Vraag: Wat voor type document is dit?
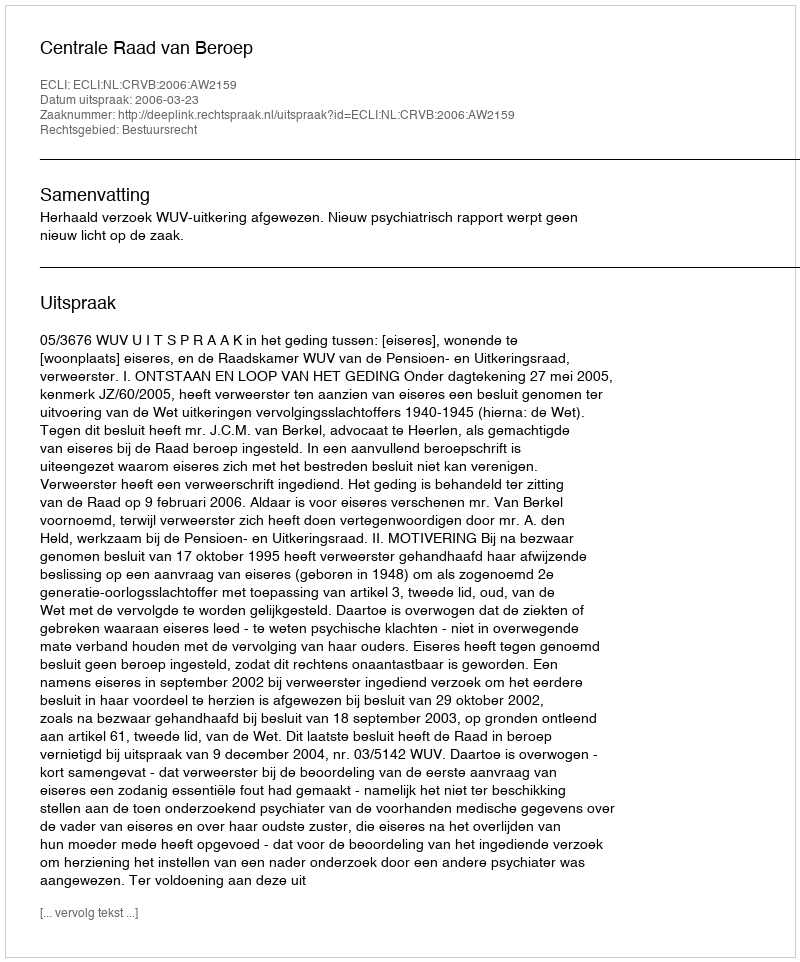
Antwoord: Uitspraak